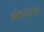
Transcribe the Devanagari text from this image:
शैलतनये।